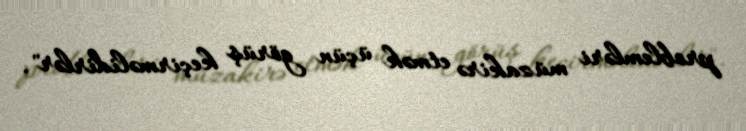
problemləri müzakirə etmək üçün görüş keçirməlidirlər".